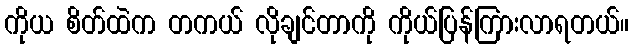
ကိုယ စိတ်ထဲက တကယ် လိုချင်တာကို ကိုယ်ပြန်ကြားလာရတယ်။